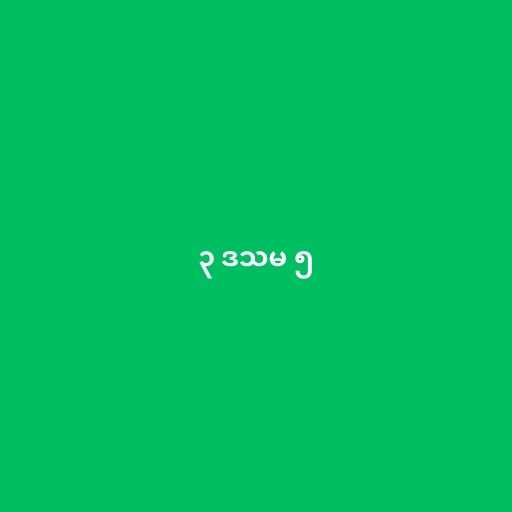
၃ ဒသမ ၅